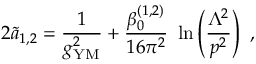
2 { \widetilde a } _ { 1 , 2 } = { \frac { 1 } { g _ { \mathrm { { \small Y M } } } ^ { 2 } } } + { \frac { \beta _ { 0 } ^ { ( 1 , 2 ) } } { 1 6 \pi ^ { 2 } } } ~ \ln \left( { \frac { \Lambda ^ { 2 } } { p ^ { 2 } } } \right) ~ ,